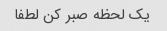
یک لحظه صبر کن لطفا